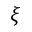
\xi